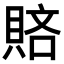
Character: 𧶆